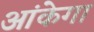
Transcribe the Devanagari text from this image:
आंकेगा